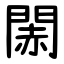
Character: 䦝